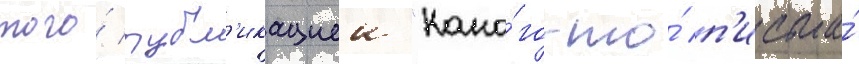
того́ публ'икациеи "како́го-то́ п'исьма́